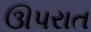
ઊપરાત